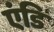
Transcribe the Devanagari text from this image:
एंडि